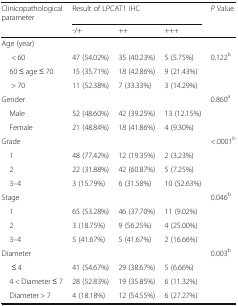
<table><thead><tr><td><b>Clinicopathological parameter</b></td><td colspan="3"><b>Result of LPCAT1 IHC</b></td><td rowspan="2"><b><i>P</i> Value</b></td></tr><tr><td></td><td><b>-/+</b></td><td><b>++</b></td><td><b>+++</b></td></tr></thead><tbody><tr><td>Age (year)</td><td></td><td></td><td></td><td></td></tr><tr><td>&lt; 60</td><td>47 (54.02%)</td><td>35 (40.23%)</td><td>5 (5.75%)</td><td>0.122<sup>b</sup></td></tr><tr><td> 60 ≤ age ≤ 70</td><td>15 (35.71%)</td><td>18 (42.86%)</td><td>9 (21.43%)</td><td></td></tr><tr><td>&gt; 70</td><td>11 (52.38%)</td><td>7 (33.33%)</td><td>3 (14.29%)</td><td></td></tr><tr><td>Gender</td><td></td><td></td><td></td><td>0.860<sup>a</sup></td></tr><tr><td> Male</td><td>52 (48.60%)</td><td>42 (39.25%)</td><td>13 (12.15%)</td><td></td></tr><tr><td> Female</td><td>21 (48.84%)</td><td>18 (41.86%)</td><td>4 (9.30%)</td><td></td></tr><tr><td>Grade</td><td></td><td></td><td></td><td>&lt;.0001<sup>b</sup></td></tr><tr><td> 1</td><td>48 (77.42%)</td><td>12 (19.35%)</td><td>2 (3.23%)</td><td></td></tr><tr><td> 2</td><td>22 (31.88%)</td><td>42 (60.87%)</td><td>5 (7.25%)</td><td></td></tr><tr><td> 3–4</td><td>3 (15.79%)</td><td>6 (31.58%)</td><td>10 (52.63%)</td><td></td></tr><tr><td>Stage</td><td></td><td></td><td></td><td>0.046<sup>b</sup></td></tr><tr><td> 1</td><td>65 (53.28%)</td><td>46 (37.70%)</td><td>11 (9.02%)</td><td></td></tr><tr><td> 2</td><td>3 (18.75%)</td><td>9 (56.25%)</td><td>4 (25.00%)</td><td></td></tr><tr><td> 3–4</td><td>5 (41.67%)</td><td>5 (41.67%)</td><td>2 (16.66%)</td><td></td></tr><tr><td>Diameter</td><td></td><td></td><td></td><td>0.003<sup>b</sup></td></tr><tr><td>≤ 4</td><td>41 (54.67%)</td><td>29 (38.67%)</td><td>5 (6.66%)</td><td></td></tr><tr><td> 4 &lt; Diameter ≤ 7</td><td>28 (52.83%)</td><td>19 (35.85%)</td><td>6 (11.32%)</td><td></td></tr><tr><td> Diameter &gt; 7</td><td>4 (18.18%)</td><td>12 (54.55%)</td><td>6 (27.27%)</td><td></td></tr></tbody></table>